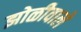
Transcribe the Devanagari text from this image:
झोळीवाले